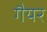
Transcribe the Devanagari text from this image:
गैयर